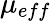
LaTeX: \mu{_{eff}}